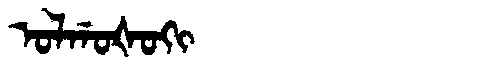
Manchu: ᠣᠯᡤᠣᡧᠣᡴᡳ
Romanization: OLGOŠOKI